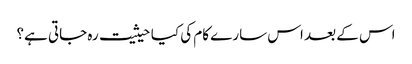
اس کے بعد اس سارے کام کی کیا حیثیت رہ جاتی ہے؟